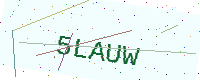
Text: 5LAUW